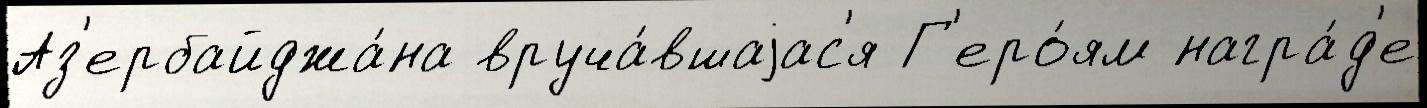
Аз'ербайджа́на вруча́вшаjас'я Г'еро́ям награ́д'е